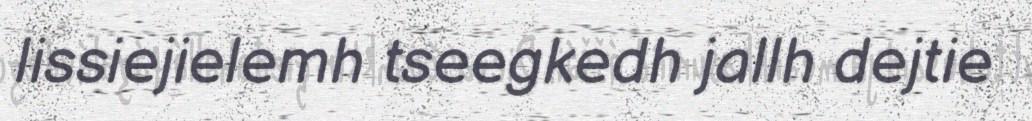
lissiejielemh tseegkedh jallh dejtie